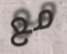
مع